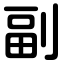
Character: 副